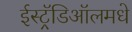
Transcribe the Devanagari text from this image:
ईस्ट्रॅडिऑलमधे